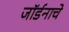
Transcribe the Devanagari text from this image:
जॉर्डनाचे